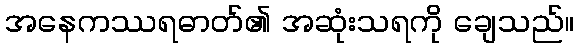
အနေကဿရဓာတ်၏ အဆုံးသရကို ချေသည်။